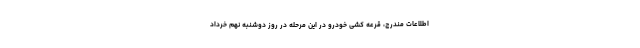
اطلاعات مندرج، قرعه کشی خودرو در این مرحله در روز دوشنبه نهم خرداد